Note on the mental hospitals in Burma - 1925-1940
Year: 1925
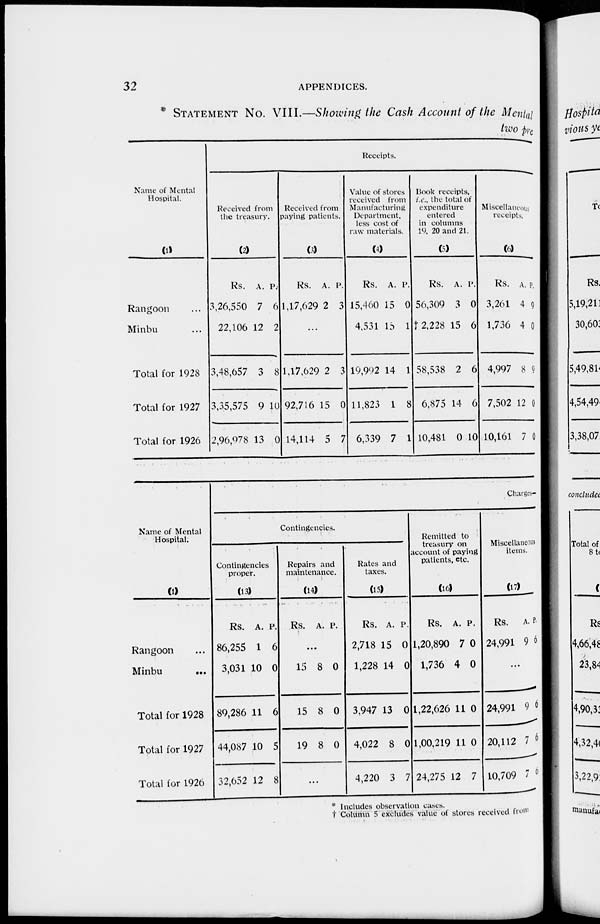
32
APPENDICES.
* STATEMENT No. VIII.—Showing the Cash Account of the Mental
two pre
Name of Mental
Hospital.
(1)
Rangoon ...
Minbu ...
Total for 1928
Total for 1927
Total for 1926
Receipts.
Received from
the treasury.
(2)
Rs.
3,26,550
22,106
3,48,657
3,35,575
2,96,978
A.
7
12
3
9
13
P.
6
2
8
10
0
Received from
paying patients.
(3)
Rs.
1,17,629
A.
2
P.
3
...
1.17,629
92,716
14,114
2
15
5
3
0
7
Value of stores
received from
Manufacturing
Department.
less cost of
raw materials.
(4)
Rs.
15,460
4,531
19,992
11,823
6,339
A.
15
15
14
1
7
P.
0
1
1
8
1
Hook receipts,
i.e., the total of
expenditure
entered
in columns
19, 20 and 21.
(5)
Rs.
56,309
† 2,228
58,538
6,875
10,481
A.
3
15
2
14
0
P.
0
6
6
6
10
Miscelianeous
receipts.
(6)
Rs.
3,261
1,736
4,997
7,502
10,161
A.
4
4
8
12
7
P.
9
0
9
0
0
Name of Mental
Hospital.
(1)
Rangoon ...
Minbu
...
Total for 1928
Total for 1927
Total for 1920
Charges-
Contingencies.
Contingencies
proper.
(13)
Rs.
86,255
3,031
89,286
44,087
32,652
A.
1
10
11
10
12
P.
6
0
6
5
8
Repairs and
maintenance.
(14)
Rs. A. P.
...
15
15
19
8
8
8
0
0
0
...
Rates and
taxes.
(15)
Rs.
2,718
1,228
3,947
4,022
4,220
A.
15
14
13
8
3
p.
0
0
0
0
7
Remitted to
treasury on
account of paying
patients, etc.
(16)
Rs.
1,20,890
1,736
1,22,626
1,00,219
24,275
A.
7
4
11
11
12
P.
0
0
0
0
7
Miscellaneous
items.
(17)
Rs.
24,991
A.
9
P.
6
...
24,991
20,112
10,709
9
7
7
6
6
0
* Includes observation cases.
† Column 5 excludes value of stores received from